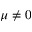
\mu \ne 0